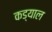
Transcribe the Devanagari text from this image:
कड्याल